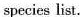
specics list.